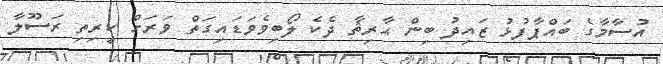
އުސާމާގެ ބައްޕާފުޅު ޒައިދު ބިން ޙާރިޘާ ދެކެ ލޯބިވެވަޑައިގަތް ވަރަށް ކީރިތި ރަސޫލާ